Medical and sanitary report of the native army of Madras for the year
Year: 1878
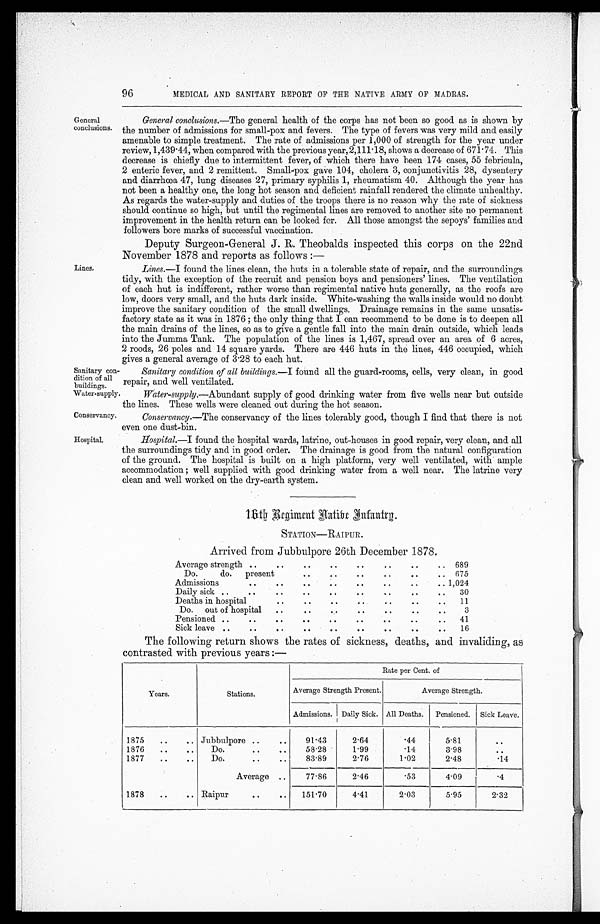
Sanitary con.
dition of all
buildings.
Water supply.
Conservancy.
96
MEDICAL AND SANITARY REPORT OF THE NATIVE ARMY OF MADRAS.
General
conclusions.
Lines.
General conclusions.—The general health of the corps has not been so good as is shown by
the number of admissions for small-pox and fevers. The type of fevers was very mild and easily
amenable to simple treatment. The rate of admissions per 1,000 of strength for the year under
review, 1,439.44, when compared with the previous year, 2,111.18, shows a decrease of 671.74. This
decrease is chiefly due to intermittent fever, of which there have been 174 eases, 55 febricula,
2 enteric fever, and 2 remittent. Small-pox gave 104, cholera 3, conjunctivitis 28, dysentery
and diarrhœa 47, lung diseases 27, primary syphilis 1, rheumatism 40. Although the year has
not been a healthy one, the long hot season and deficient rainfall rendered the climate unhealthy,
As regards the water-supply and duties of the troops there is no reason why the rate of sickness
should continue so high, but until the regimental lines are removed to another site no permanent
improvement in the health return can be looked for. All those amongst the sepoys' families and
followers bore marks of successful vaccination.
Deputy Surgeon-General J. R. Theobalds inspected this corps on the 22nd
November 1878 and reports as follows :—
Lines.—I found the lines clean, the huts in a tolerable state of repair, and the surroundings
tidy, with the exception of the recruit and pension boys and pensioners' lines. The ventilation
of each hut is indifferent, rather worse than regimental native huts generally, as the roofs are
low, doors very small, and the huts dark inside. White-washing the walls inside would no doubt
improve the sanitary condition of the small dwellings. Drainage remains in the same unsatis-
factory state as it was in 1876 ; the only thing that I can recommend to be done is to deepen all
the main drains of the lines, so as to give a gentle fall into the main drain outside, which leads
into the Jumma Tank. The population of the lines is 1,467, spread over an area of 6 acres,
2 roods, 26 poles and 14 square yards. There are 446 huts in the lines, 446 occupied, which
gives a general average of 3.28 to each hut.
Sanitary condition of all buildings. —I found all the guard-rooms, cells, very clean, in good
repair, and well ventilated.
•
Water-supply.—Abundant supply of good drinking water from five wells near but outside
the lines. These wells were cleaned out during the hot season.
Conservancy. —The conservancy of the lines tolerably good, though I find that there is not
even one dust-bin.
Hospital.
Hospital.—I found the hospital wards, latrine, out-houses in good repair, very clean, and all
the surroundings tidy and in good order. The drainage is good from the natural configuration
of the ground. The hospital is built on a high platform, very well ventilated, with ample
accommodation ; well supplied with good drinking water from a well near, The latrine very
clean and well worked on the dry-earth system,
1 6 t h R e g i m e n t H a t i b e I n f a n t r y .
S T A T I O N — R A I P U R .
Arrived from Jubbulpore 26th December 1878.
Average strength ..
. .
. .
. .
. .
. .
. .
. . 689
Do.
do. present . .
. .
. .
. .
. .
. .
. . 675
Admissions
..
. .
. .
. .
. .
. .
. .
. .1,024
Daily sick ..
..
. .
. .
. .
. .
. .
. .
. . 30
Deaths in hospital
. .
. .
. .
. .
. .
. .
. . 11
Do. out of hospital
. .
. .
. .
. .
. .
. .
. .
3
Pensioned ..
..
. .
. .
. .
. .
. .
. .
. . 41
Sick leave ..
..
. .
. .
. .
. .
. .
. .
. .
16
The following return shows the rates of sickness, deaths, and invaliding, as
contrasted with previous years :
—
Years.
Stations.
Rate per Cent. of
Average Strength Present.
Average Strength.
Admissions. Daily Sick. All Deaths. Pensioned. Sick Leave.
1875
..
. . Jubbulpore ..
..
91.43
2.64
.44
5.81
. .
1876
..
..
Do.
..
. .
58.28
1.99
.14
3.98
. .
1877
..
..
Do.
..
..
83.89
2.76
1.02
2.48
.14
Average ..
77.86
2.46
.53
4.09
.4
1878
..
.. Raipur
..
..
151.70
4.41
2.03
5.95
2.32